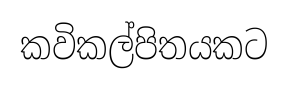
කවිකල්පිතයකට